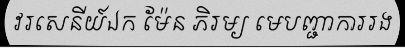
វរសេនីយ៍ឯក ម៉ែន ភិរម្យ មេបញ្ជាការរង